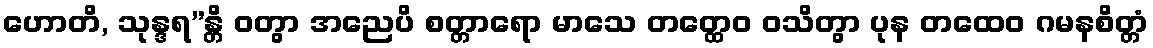
ဟောတိ, သုန္ဒရ”န္တိ ဝတွာ အညေပိ စတ္တာရော မာသေ တတ္ထေဝ ဝသိတွာ ပုန တထေဝ ဂမနစိတ္တံ